Leningradi_Edasi_toimetus, lk 24
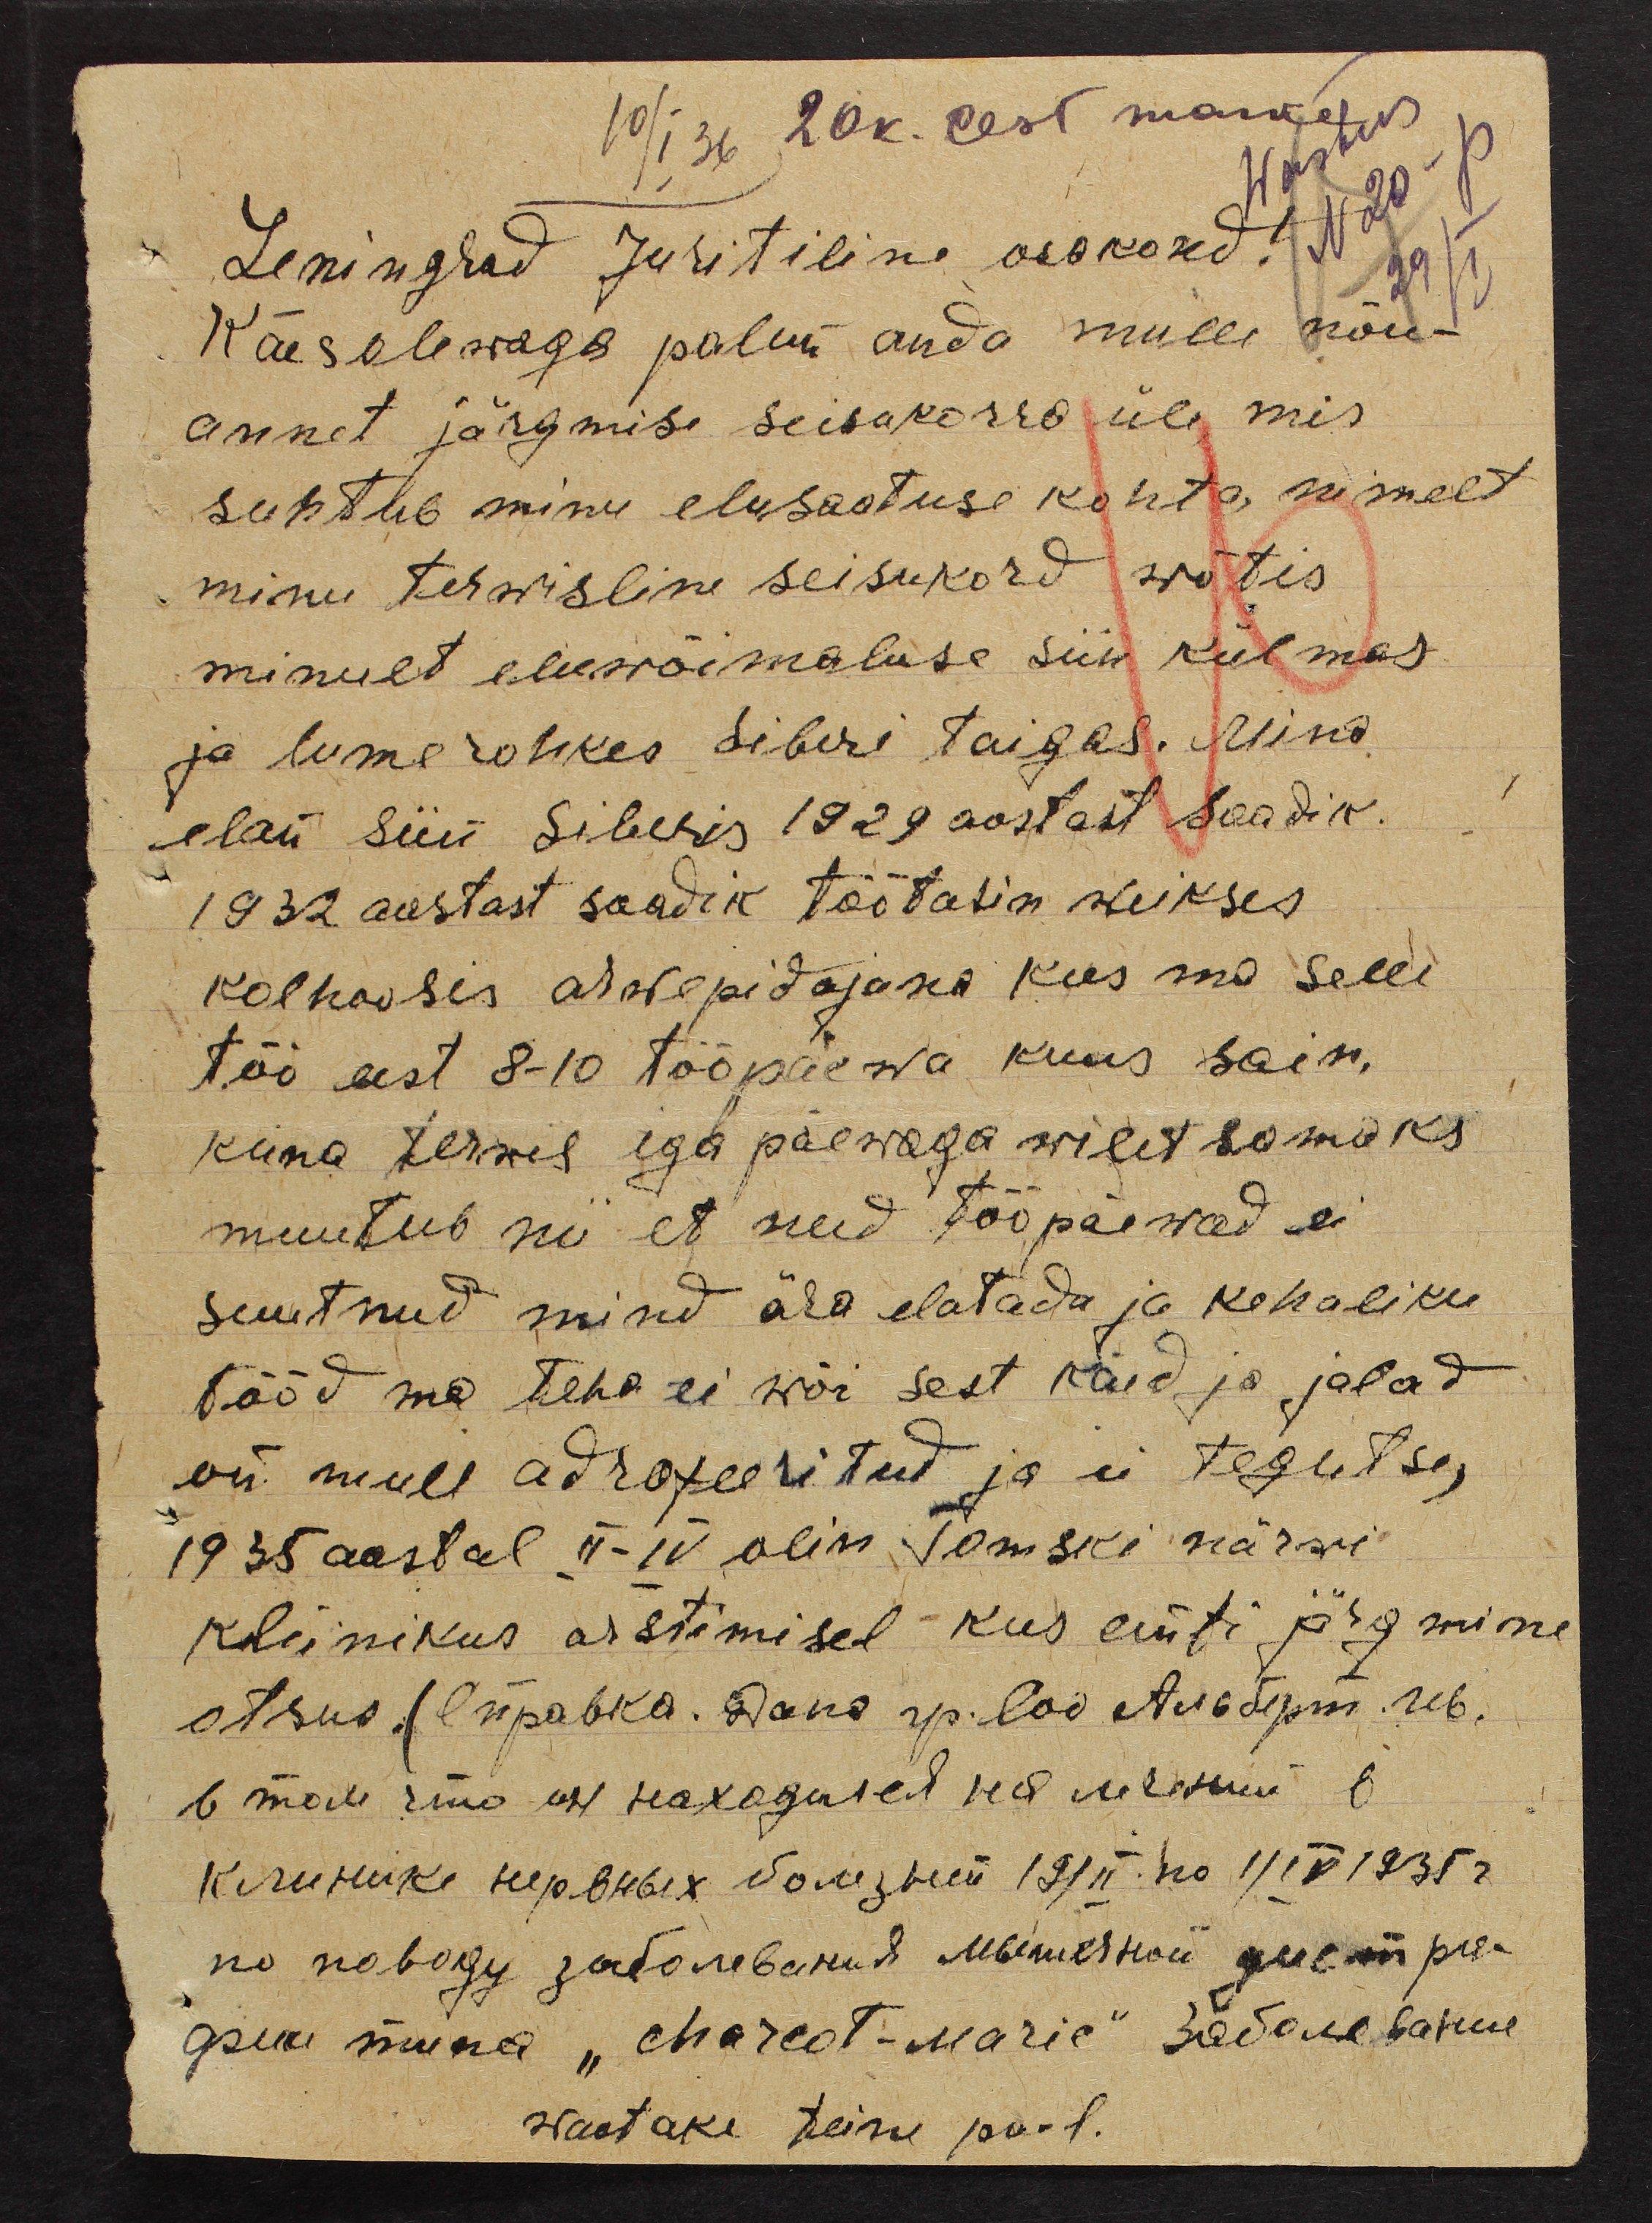
20k. eest marke
Wastus
10/ I 36
N20-p
29/I
Leningrad juritiline osakond!
Käesolewaga palun anda mulle nõu-
annet järgmise seisukorra üle, mis
suhtub minu elusaatuse kohta, nimelt
minu terwisline seisukord wõtis
minult eluwõimaluse siin külmas
ja lumerohkes Siberi taigas. Mina
elan siin Siberis 1929 aastast saadik.
1932 aastast saadik töötasin weikses
kolhoosis arwepidajana kus ma selle
töö eest 8-10 tööpäewa kuus sain,
kuna terwis iga päewaga wiletsamaks
muutub nii et need tööpäewad ei
suutnud mind ära elatada ja kehaliku
tööd ma teha ei wõi sest käid ja jalad
on mull adrofeeritud ja ei tegutse,
1935 aastal II-IV olin Tomski närwi
kliinikus arstimisel kus anti järgmine
otsus (lõpabka. Hans pr. loo Austepin. W6.
6 male rõnn eel peakogused seal wälitskiud 6
Kirukuks septlubek Novegaus 1911. no 1916 1935 a.
no nabogu jatoobanud Minneskon aegem pee-
guse mina "charoot-marie" sadanebasime
waatake teine pool.